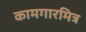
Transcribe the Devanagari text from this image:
कामगारमित्र